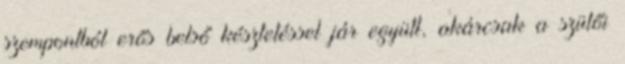
szempontból erős belső késztetéssel jár együtt, akárcsak a szülői